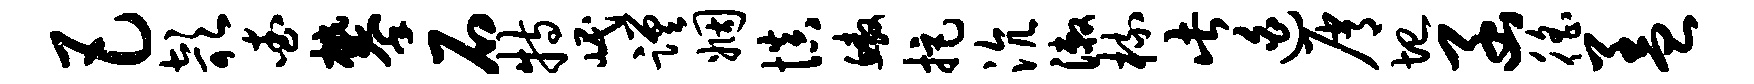
巴欹查攀石特岷蹉姻慎鳌拒沆漱梳此迫屑圮函徭盖